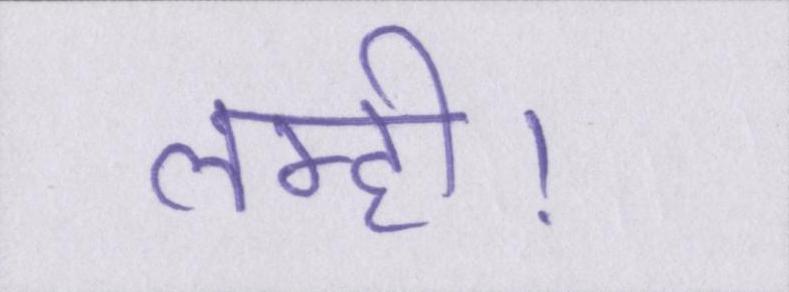
लमही।